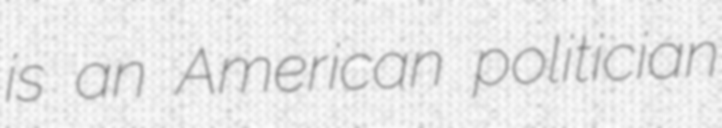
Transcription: is an American politician